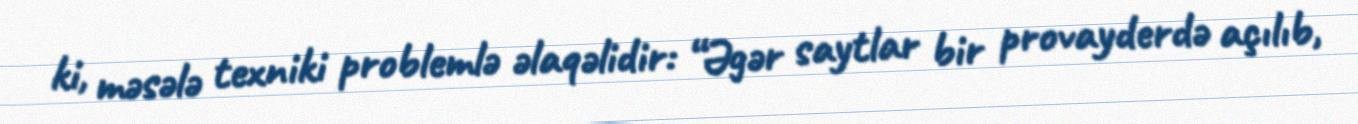
ki, məsələ texniki problemlə əlaqəlidir: “Əgər saytlar bir provayderdə açılıb,